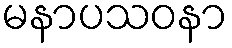
မနာပသဝနာ